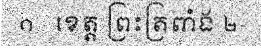
១ - ខេត្ត ព្រះត្រពាំង ២-